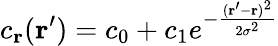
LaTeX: c_{\textbf{r}}(\textbf{r}^{\prime})=c_{0}+c_{1}e^{-\frac{(\textbf{r}^{\prime}-\textbf{r})^{2}}{2\sigma^{2}}}